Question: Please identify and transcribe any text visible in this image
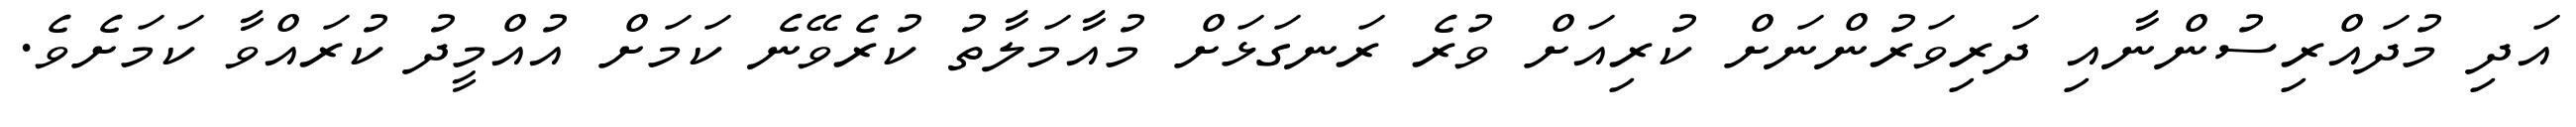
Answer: އަދި މުދައްރިސުންނާއި ދަރިވަރުންނަށް ކުރިއަށް ވުރެ ރަނގަޅަށް މުއާމަލާތު ކުރެވޭނެ ކަމަށް އުއްމީދު ކުރައްވާ ކަމަށެވެ.